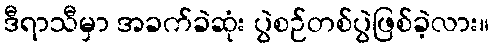
ဒီရာသီမှာ အခက်ခဲဆုံး ပွဲစဉ်တစ်ပွဲဖြစ်ခဲ့လား။